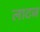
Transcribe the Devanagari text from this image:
लाटज